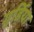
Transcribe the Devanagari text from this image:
गुर्डिया